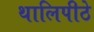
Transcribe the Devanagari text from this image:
थालिपीठे